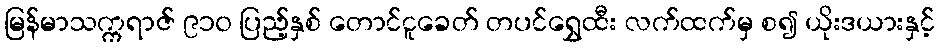
မြန်မာသက္ကရာဇ် ၉၁၀ ပြည့်နှစ် တောင်ငူခေတ် တပင်ရွှေထီး လက်ထက်မှ စ၍ ယိုးဒယားနှင့်